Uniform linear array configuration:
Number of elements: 4
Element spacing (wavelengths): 1
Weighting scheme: binomial
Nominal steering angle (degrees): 0
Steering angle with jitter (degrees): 1.951
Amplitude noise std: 0.05
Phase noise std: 0.05

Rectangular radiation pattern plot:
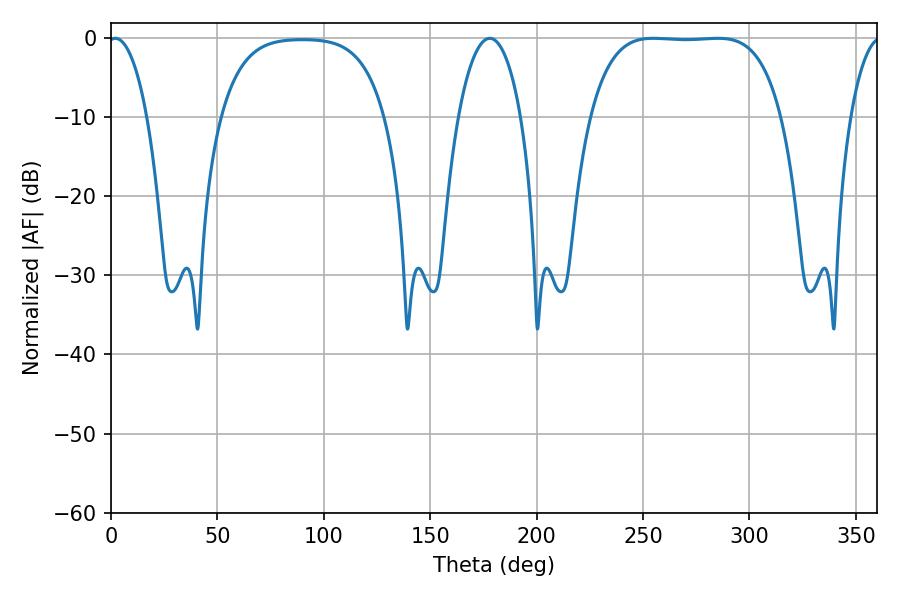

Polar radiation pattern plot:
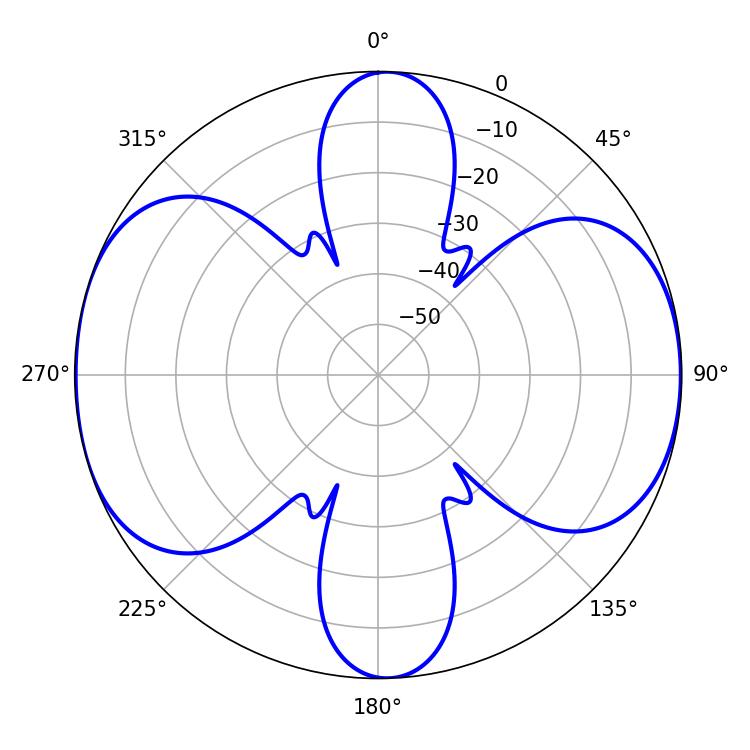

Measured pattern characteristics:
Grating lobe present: TRUE
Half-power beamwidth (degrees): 69.84
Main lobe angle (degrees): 254.7